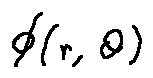
\phi ( r , \theta )